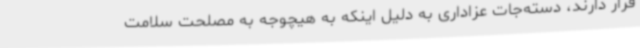
قرار دارند، دسته‌جات عزاداری به دلیل اینکه به هیچوجه به مصلحت سلامت